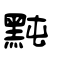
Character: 黗